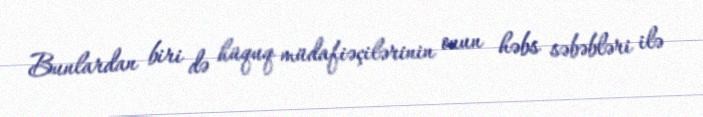
Bunlardan biri də hüquq müdafiəçilərinin onun həbs səbəbləri ilə